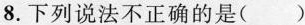
8.下列说法不正确的是()